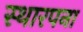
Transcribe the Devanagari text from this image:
स्थारपना